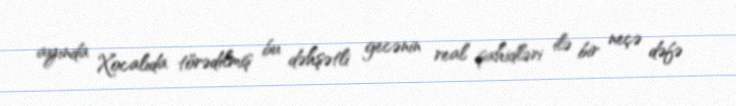
ayında Xocalıda törədilmiş bu dəhşətli gecənin real şahidləri ilə bir neçə dəfə